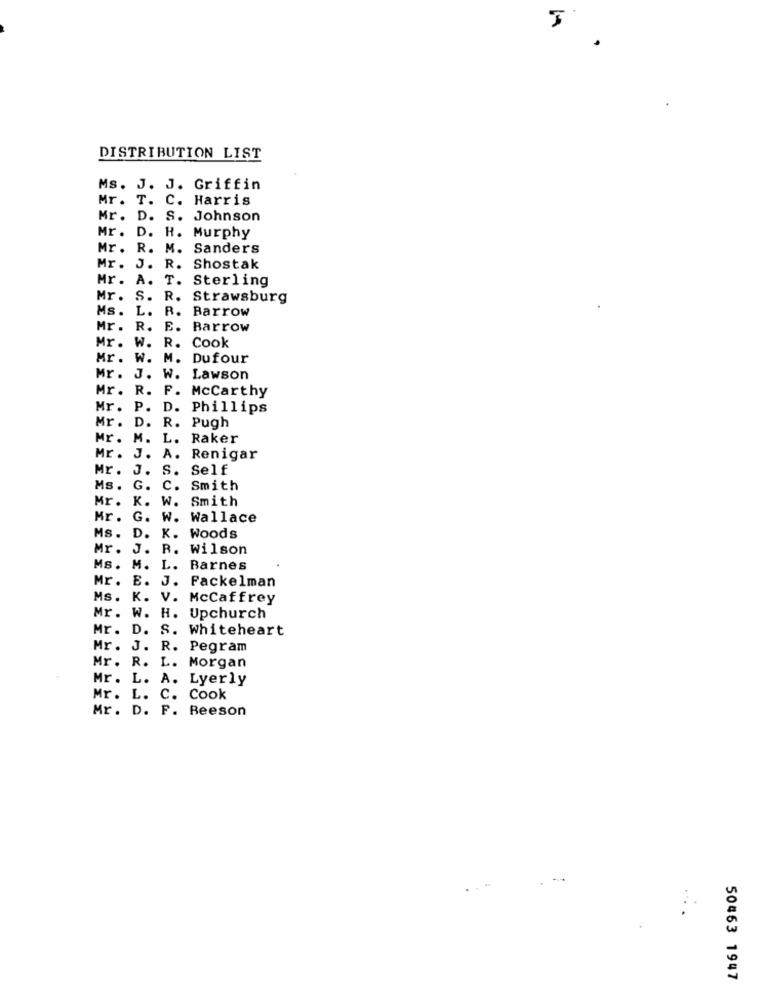
DISTRIBUTION LIST
Ms. J. J. Griffin
Mr. T. C. Harris
Mr. D. S. Johnson
Mr. D. H. Murphy
Mr. R. M. Sanders
Mr. J.
R. Shostak
Mr. A. T. Sterling
Mr. S. R. Strawsburg
Ms.
L.
R. Barrow
Mr .
R.
E. Barrow
Mr .
W. R. Cook
Mr . W.
M. Dufour
Mr .
J. W. Lawson
Mr .
R. F. Mccarthy
Mr.
P.
D. Phillips
Mr .
R.
D.
Pugh
Mr .
M.
L.
Raker
A.
Mr .
J.
Renigar
Mr .
J.
S.
Self
Ms.
G.
C.
Smith
Mr.
W.
Smith
K.
Mr.
G.
W.
Wallace
Ms.
D.
K.
Woods
Mr.
J.
R. Wilson
Ms.
M. L. Barnes
Mr. E. J. Fackelman
Ms. K. V. McCaffrey
Mr. W. H. Upchurch
Mr. D. S. Whiteheart
Mr. J. R. Pegram
Mr. R. L. Morgan
Mr. L. A. Lyerly
Mr. L. C. Cook
Mr. D. F. Beeson
50463 1947